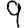
Digit: 9